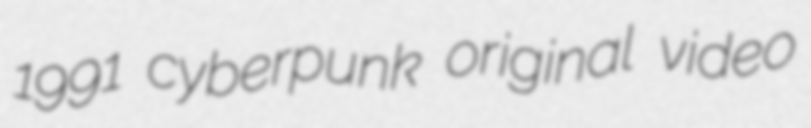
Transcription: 1991 cyberpunk original video